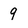
Character: 9